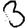
Digit: 3